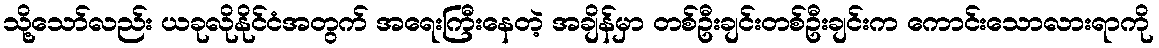
သို့သော်လည်း ယခုလိုနိုင်ငံအတွက် အရေးကြီးနေတဲ့ အချိန်မှာ တစ်ဦးချင်းတစ်ဦးချင်းက ကောင်းသောလားရာကို